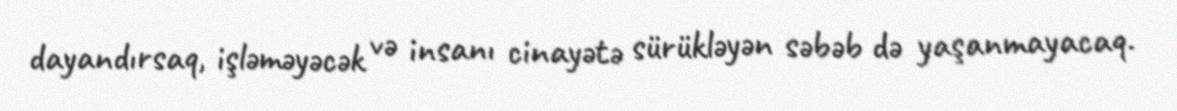
dayandırsaq, işləməyəcək və insanı cinayətə sürükləyən səbəb də yaşanmayacaq.